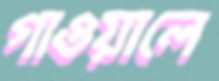
গাওয়ালে